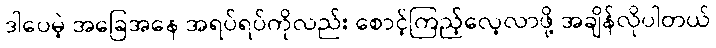
ဒါပေမဲ့ အခြေအနေ အရပ်ရပ်ကိုလည်း စောင့်ကြည့်လေ့လာဖို့ အချိန်လိုပါတယ်